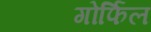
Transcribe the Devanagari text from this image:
गोर्फिल